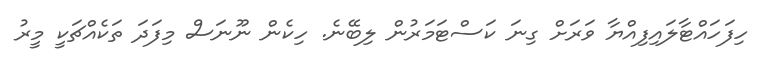
ހިފަހައްޓާލައިފިއްޔާ ވަރަށް ގިނަ ކަސްޓަމަރުން ލިބޭނެ. ހިކެން ނޫނަސް މިފަދަ ތަކެއްޗަކީ މީރު